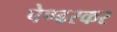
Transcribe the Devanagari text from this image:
पेण्ढरकर